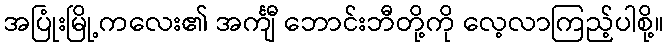
အပြုံးမြို့ကလေး၏ အင်္ကျီ ဘောင်းဘီတို့ကို လေ့လာကြည့်ပါစို့။